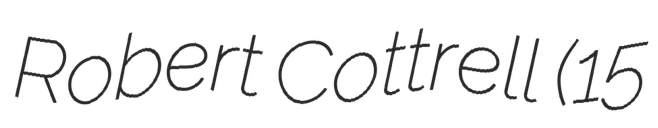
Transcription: Robert Cottrell (15